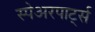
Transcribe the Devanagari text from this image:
स्पेअरपार्ट्स